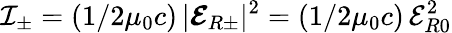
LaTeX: \mathcal{I}_{\pm}=(1/2\mu_{0}c)\, |\boldsymbol{\mathcal{E}}_{R\pm}|^{2}=(1/2\mu_{0}c)\, \mathcal{E}_{R0}^{2}